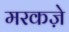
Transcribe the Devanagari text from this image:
मरकज़े